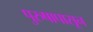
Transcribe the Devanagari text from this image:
पुरुषापासून